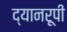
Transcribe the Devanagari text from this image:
द्यानरूपी